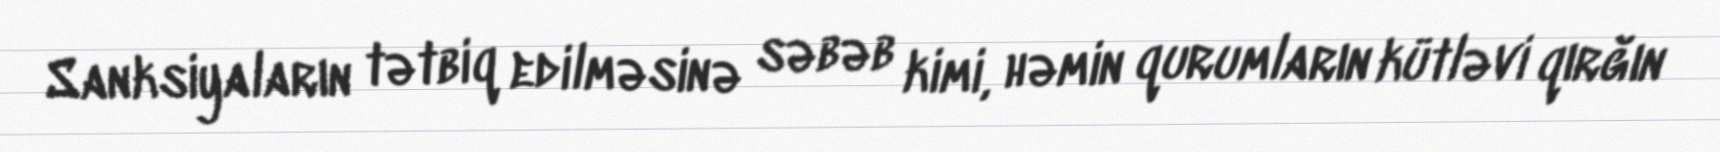
Sanksiyaların tətbiq edilməsinə səbəb kimi, həmin qurumların kütləvi qırğın